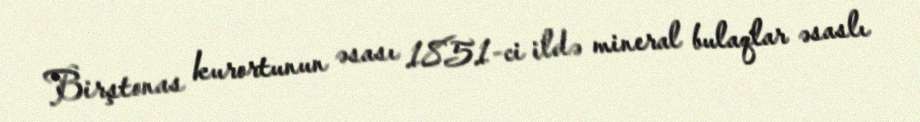
Birştonas kurortunun əsası 1851-ci ildə mineral bulaqlar əsaslı